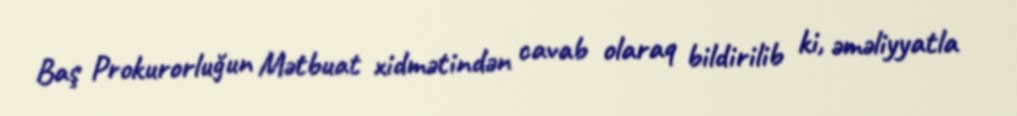
Baş Prokurorluğun Mətbuat xidmətindən cavab olaraq bildirilib ki, əməliyyatla